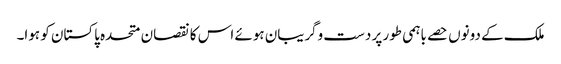
ملک کے دونوں حصے باہمی طور پر دست وگریبان ہوئے اس کا نقصان متحدہ پاکستان کو ہوا۔